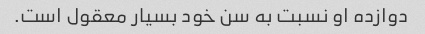
دوازده او نسبت به سن خود بسیار معقول است.